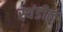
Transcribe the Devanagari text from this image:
स्थंडील